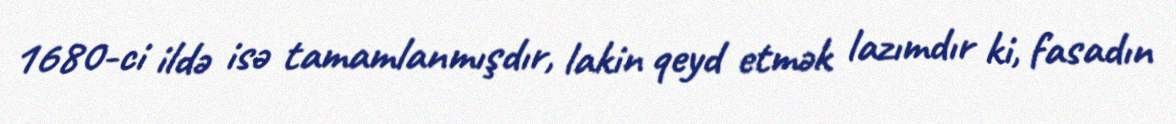
1680-ci ildə isə tamamlanmışdır, lakin qeyd etmək lazımdır ki, fasadın